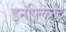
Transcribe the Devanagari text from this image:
इनफ्लिब्नेट